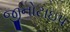
જીનોટાઇપ